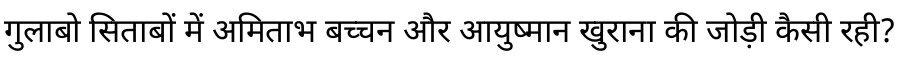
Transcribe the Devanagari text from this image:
गुलाबो सिताबों में अमिताभ बच्चन और आयुष्मान खुराना की जोड़ी कैसी रही?